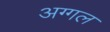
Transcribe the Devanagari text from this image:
अग्गल